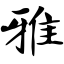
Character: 雅